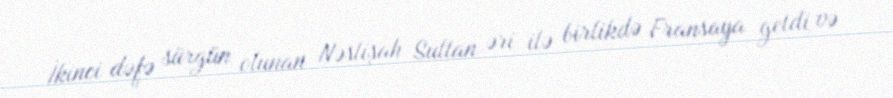
İkinci dəfə sürgün olunan Nəslişah Sultan əri ilə birlikdə Fransaya getdi və